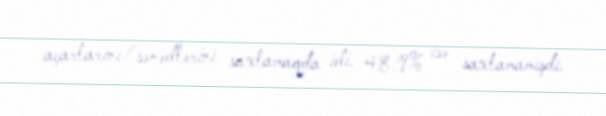
açarlarını/sənədlərini saxlamaqda idi. 48.9% isə saxlamamışdı.